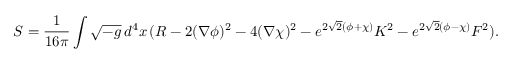
S = \frac { 1 } { 1 6 \pi } \int \sqrt { - g } \, d ^ { 4 } x \, ( R - 2 ( \nabla \phi ) ^ { 2 } - 4 ( \nabla \chi ) ^ { 2 } - e ^ { 2 \sqrt { 2 } ( \phi + \chi ) } K ^ { 2 } - e ^ { 2 \sqrt { 2 } ( \phi - \chi ) } F ^ { 2 } ) .